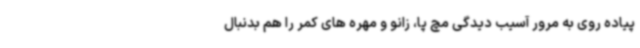
پیاده روی به مرور آسیب دیدگی مچ پا، زانو و مهره های کمر را هم بدنبال